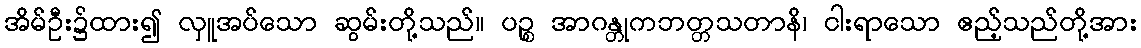
အိမ်ဦး၌ထား၍ လှူအပ်သော ဆွမ်းတို့သည်။ ပဉ္စ အာဂန္တုကဘတ္တသတာနိ၊ ငါးရာသော ဧည့်သည်တို့အား